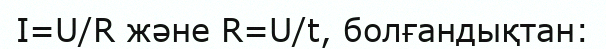
I=U/R және R=U/t, болғандықтан: